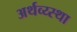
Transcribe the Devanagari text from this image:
अर्थव्य्स्था